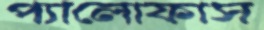
প্যালোফাস